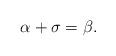
LaTeX: \begin{align*}\alpha +\sigma = \beta.\end{align*}